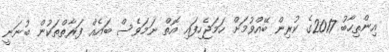
އިންތިހާބު 2017ގެ ކުރިން ބޭއްވުމަށް ހަމަޖެހިފައި އޮތް ނަމަވެސް ބައެއް ފަރާތްތަކުން ބުނަނީ